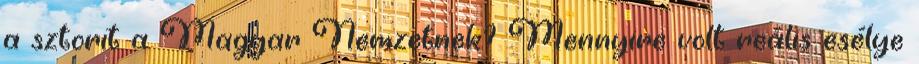
a sztorit a Magyar Nemzetnek? Mennyire volt reális esélye